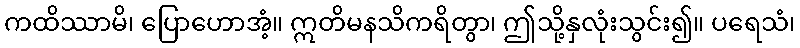
ကထိဿာမိ၊ ပြောဟောအံ့။ ဣတိမနသိကရိတွာ၊ ဤသို့နှလုံးသွင်း၍။ ပရေသံ၊